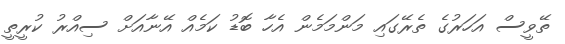
ތޭވީސް އަހަރުގެ ތެރޭގައި މަންމަމެން އެހާ ބޮޑު ކަމެއް އޭނާއަށް ސިއްރު ކުރީތީ